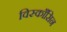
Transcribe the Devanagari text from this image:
विस्काँसिन